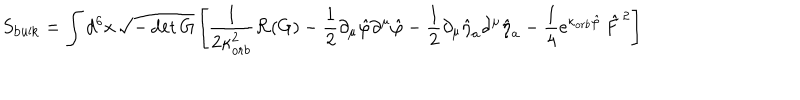
S _ { \mathrm { b u l k } } = \int d ^ { 6 } x \, \sqrt { - \det G } \left[ \frac { 1 } { 2 \kappa _ { o r b } ^ { 2 } } { \cal R } ( G ) - \frac { 1 } { 2 } \partial _ { \mu } \hat { \varphi } \partial ^ { \mu } \hat { \varphi } - \frac { 1 } { 2 } \partial _ { \mu } \hat { \eta } _ { a } \partial ^ { \mu } \hat { \eta } _ { a } - \frac { 1 } { 4 } \mathrm { e } ^ { \kappa _ { o r b } \hat { \varphi } } \, \hat { F } ^ { \, 2 } \right]